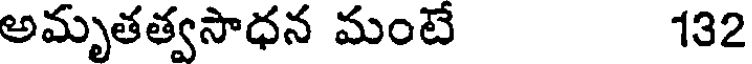
అమృతత్వసాధన మంటే 132